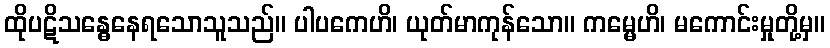
ထိုပဋိသန္ဓေနေရသောသူသည်။ ပါပကေဟိ၊ ယုတ်မာကုန်သော။ ကမ္မေဟိ၊ မကောင်းမှုတို့မှ။